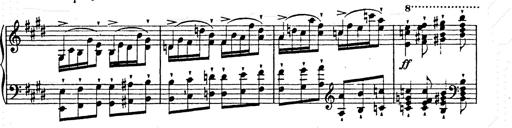
Title: Ab irato
Composer: Franz Liszt